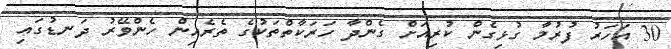
30 އަހަރު ފުރުމާ ގުޅިގެން ކުރިއަށް ގެންދާ ހަރަކާތްތަކުގެ ތެރެއިން ހެންވޭރު ދަނޑުގައި